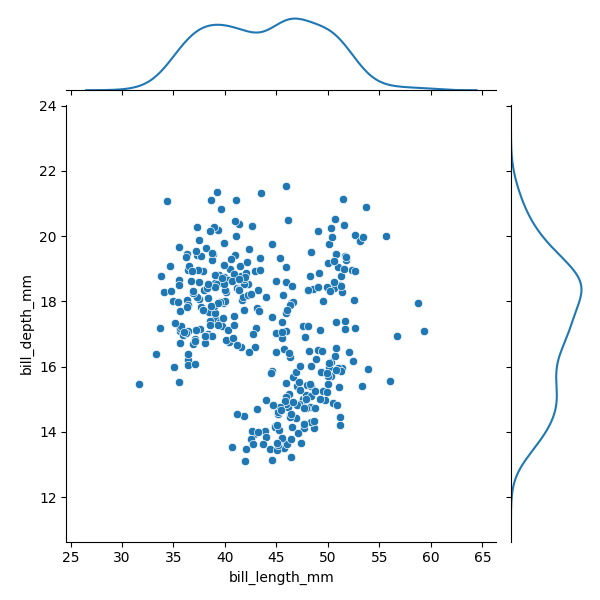
python, seaborn, JointGrid, scatterplot, kdeplot